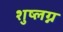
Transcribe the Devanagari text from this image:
शुष्लग्न